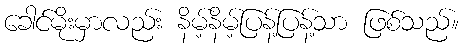
ခေါင်မိုးမှာလည်း နိမ့်နိမ့်ပြန့်ပြန့်သာ ဖြစ်သည်။